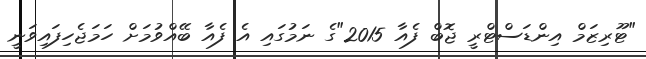
"ޓޫރިޒަމް އިންޑަސްޓްރީ ޖޮބް ފެއާ 2015"ގެ ނަމުގައި އެ ފެއާ ބޭއްވުމަށް ހަމަޖެހިފައިވަނީ